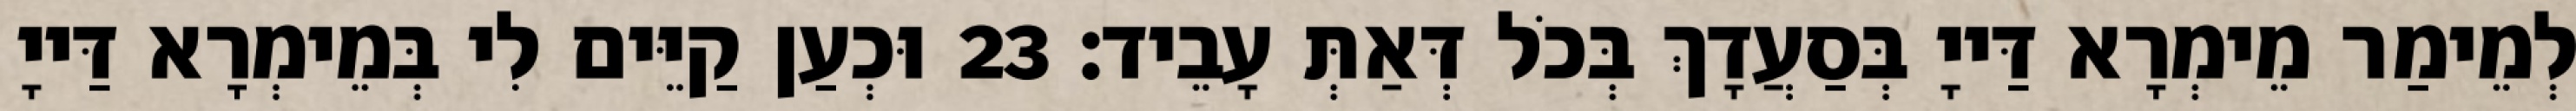
לְמֵימַר מֵימְרָא דַּייָ בְּסַעֲדָךְ בְּכֹל דְּאַתְּ עָבֵיד׃ 23 וּכְעַן קַיֵּים לִי בְּמֵימְרָא דַּייָ